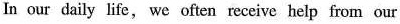
In our daily life, we en en receive help from our